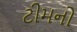
ટીમનો